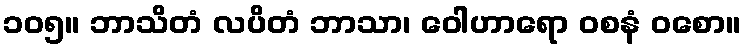
၁၀၅။ ဘာသိတံ လပိတံ ဘာသာ၊ ဝေါဟာရော ဝစနံ ဝစော။